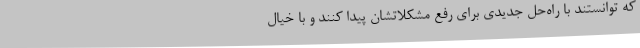
که توانستند با راه‌حل‌ جدیدی برای رفع مشکلاتشان پیدا کنند و با خیال